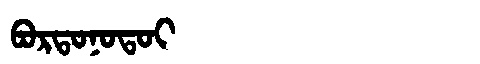
Manchu: ᠪᠣᡵᡨᠣᠨᠣᡨᠣᡳ
Romanization: BORTONOTOI